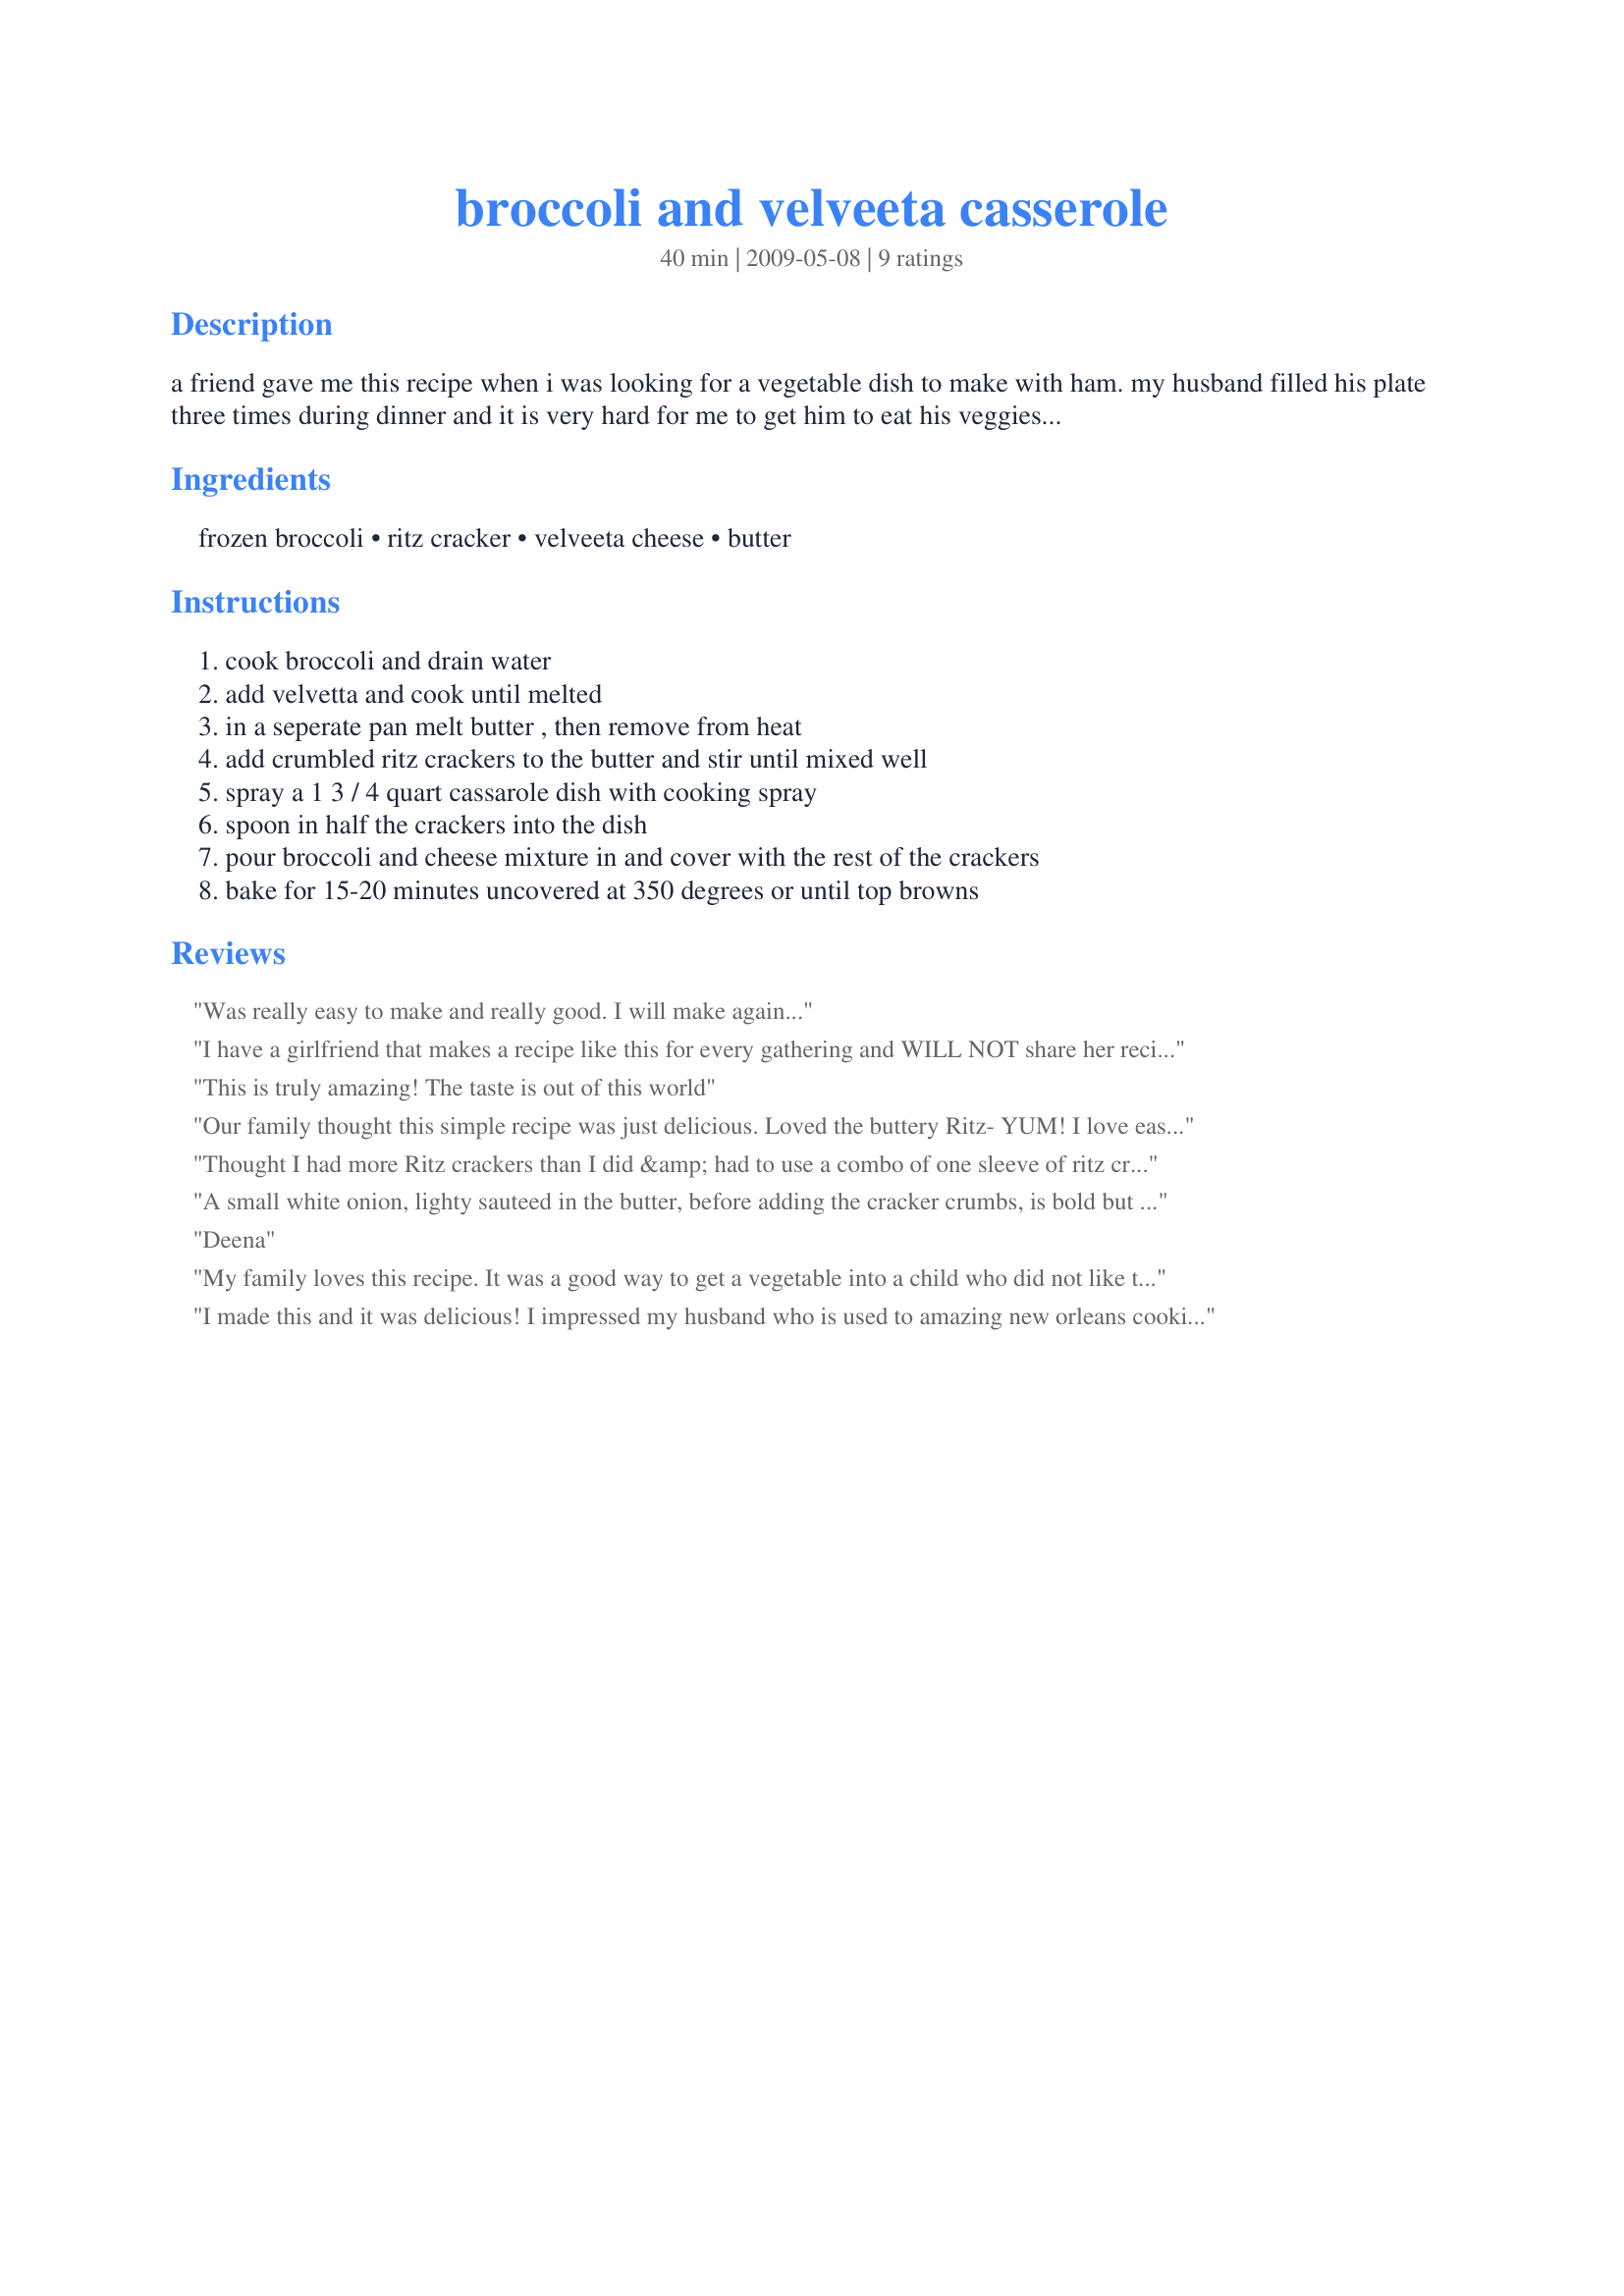
broccoli and velveeta casserole
Preparation time: 40 minutes

a friend gave me this recipe when i was looking for a vegetable dish to make with ham. my husband filled his plate three times during dinner and it is very hard for me to get him to eat his veggies! everyone has loved making this dish because it is so easy and everyone goes back for seconds and thirds!

Ingredients:
frozen broccoli, ritz cracker, velveeta cheese, butter

Steps:
cook broccoli and drain water, add velvetta and cook until melted, in a seperate pan melt butter , then remove from heat, add crumbled ritz crackers to the butter and stir until mixed well, spray a 1 3 / 4 quart cassarole dish with cooking spray, spoon in half the crackers into the dish, pour broccoli and cheese mixture in and cover with the rest of the crackers, bake for 15-20 minutes uncovered at 350 degrees or until top browns

Reviews:
Was really easy to make and really good. I will make again...
I have a girlfriend that makes a recipe like this for every gathering and WILL NOT share her recipe. I will make it tonight and see if it the magic ticket!
This is truly amazing! The taste is out of this world
Our family thought this simple recipe was just delicious. Loved the buttery Ritz- YUM! I love easy to put together recipes for weeknight meals. *Made for PAC Spring 2010* Edited to add: I've just made this for the 2nd time in a week and used a broccoli/cauliflower blend- Delicious!
Thought I had more Ritz crackers than I did &amp; had to use a combo of one sleeve of ritz crackers &amp; one sleeve of club crackers. It turned out great. Very easy recipe &amp; everyone loves it.
A small white onion, lighty sauteed in the butter, before adding the cracker crumbs, is bold but lovely!I also add a small amount of heavy cream to the broccoli, before adding the top layer of crumbs! Trust
Deena
My family loves this recipe. It was a good way to get a vegetable into a child who did not like them, but now loves this cheesy broccoli. I make it on all holidays as it goes well with everything and is quick and easy to make.
I made this and it was delicious! I impressed my husband who is used to amazing new orleans cooking! only thing i added was some velveeta shred for the top.
